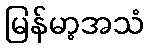
မြန်မာ့အသံ